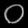
Digit: ၀